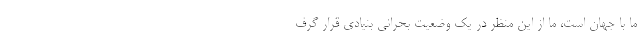
ما با جهان است، ما از این منظر در یک وضعیت بحرانی بنیادی قرار گرف